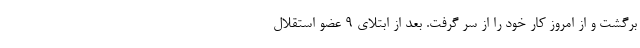
برگشت و از امروز کار خود را از سر گرفت. بعد از ابتلای ۹ عضو استقلال